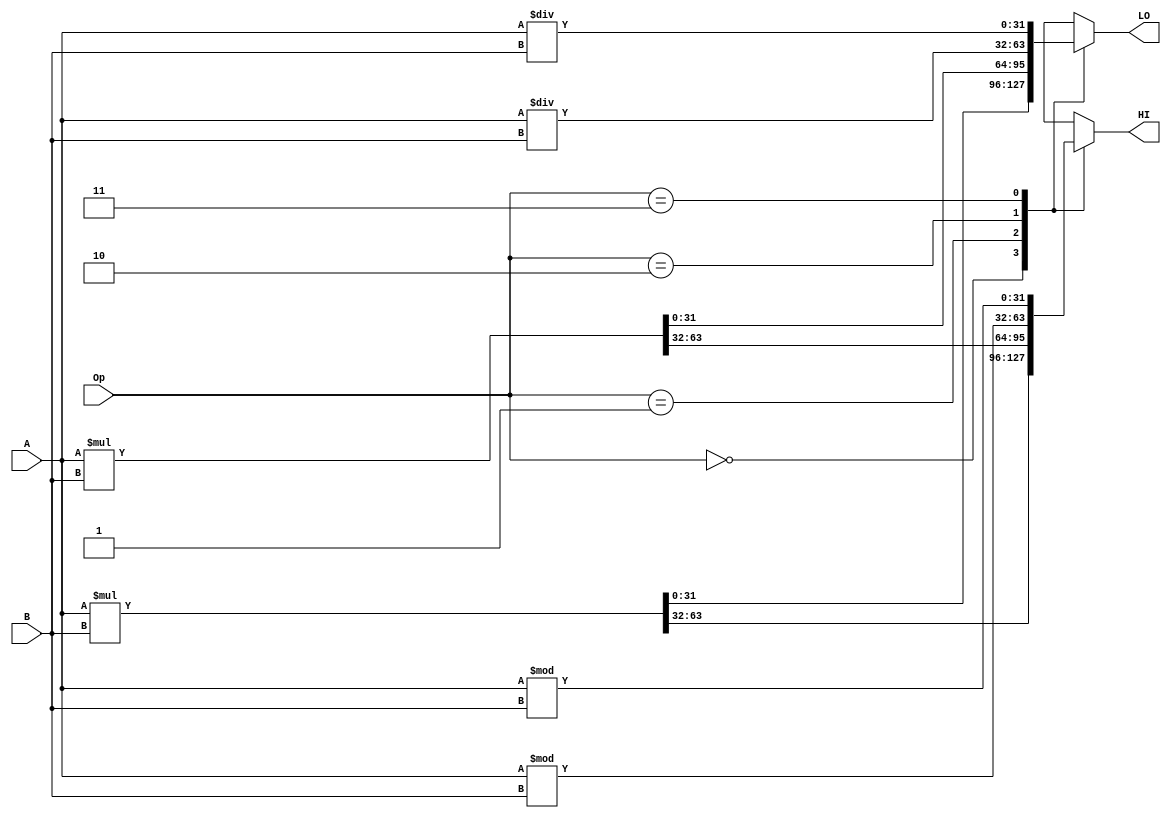
module MULTIPLIER(A,B,Op,HI,LO);

    input [31:0] A,B;
    input [1:0]  Op;
    output reg[31:0] HI,LO;
                
    always @(Op) begin
      case (Op)
          2'b00: {HI,LO} <= $signed(A) * $signed(B);
          2'b01: {HI,LO} <= A * B;
          2'b10: begin 
                 LO <= $signed(A) / $signed(B);
                 HI <= $signed(A) % $signed(B);
                 end
          2'b11: begin 
                 LO <= A / B;
                 HI <= A % B;
                 end
      endcase
    end
endmodule